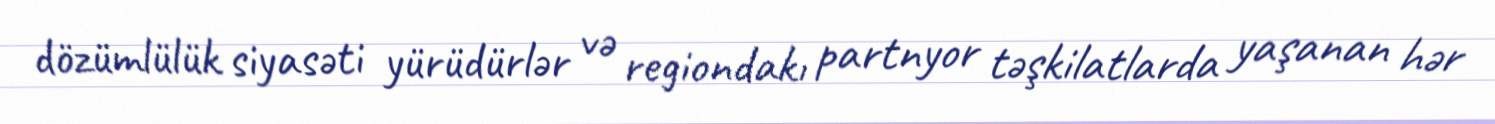
dözümlülük siyasəti yürüdürlər və regiondakı partnyor təşkilatlarda yaşanan hər